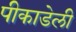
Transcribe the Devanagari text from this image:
पीकाडेली